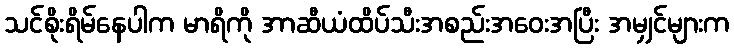
သင်စိုးရိမ်နေပါက မာရိကို အာဆီယံထိပ်သီးအစည်းအဝေးအပြီး အမျှင်များက